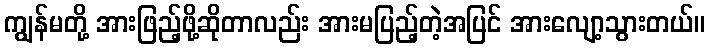
ကျွန်မတို့ အားဖြည့်ဖို့ဆိုတာလည်း အားမပြည့်တဲ့အပြင် အားလျော့သွားတယ်။